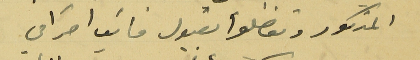
المذكور وتفضلوا بقبول فايق
 احترامي